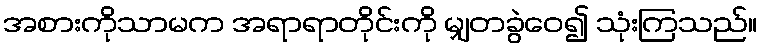
အစားကိုသာမက အရာရာတိုင်းကို မျှတခွဲဝေ၍ သုံးကြသည်။